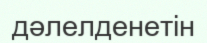
дәлелденетін